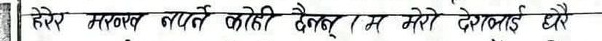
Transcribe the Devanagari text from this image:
हेरेर मनन गर्न कोही ठकेर म मेरो देशलाई धेरै